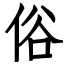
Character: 俗